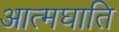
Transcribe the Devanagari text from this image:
आत्मघाति